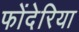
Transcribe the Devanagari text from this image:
फोंदेरिया